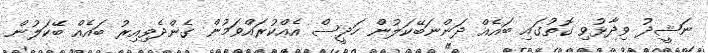
ނަޝީދު ވިދާޅުވި ގޮތުގައި ބައެއް ދަންނަބޭކަލުން ހަދީސް އެއްކުރައްވަމުން ގެންދެވިއިރު ބައެއް ބޭކަލުން